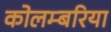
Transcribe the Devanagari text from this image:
कोलम्बरिया